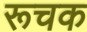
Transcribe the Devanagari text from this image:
रूचक